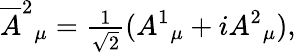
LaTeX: \overline{{{A}}}^{2}{}_{\mu}={\textstyle{\frac{1}{\sqrt{2}}}}(A^{1}{}_{\mu}+iA^{2}{}_{\mu}),